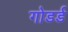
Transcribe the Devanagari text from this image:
गोडर्ड